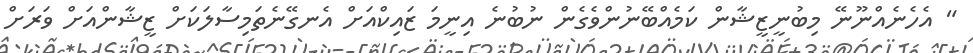
" އެހެނެއްނޫނޭ މިބުނީޒީޝާން ކަމެއްބޭނުންވެގެން ނުބުނެ އިނީމަ ޒައިކްއަށް އެނގޭނެތަމިސާލަކަށް ޒީޝާންއަށް ވަރަށް